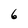
Character: 6